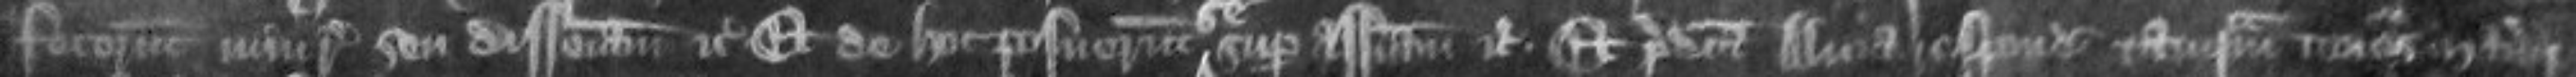
fecerunt injuriam seu disseisinam etc Et de hoc posuerunt super assisam etc Et predicta Alicia respondit tanquam tenens manerii